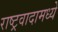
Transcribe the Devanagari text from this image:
राष्ट्रवादामध्ये